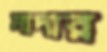
মাদার